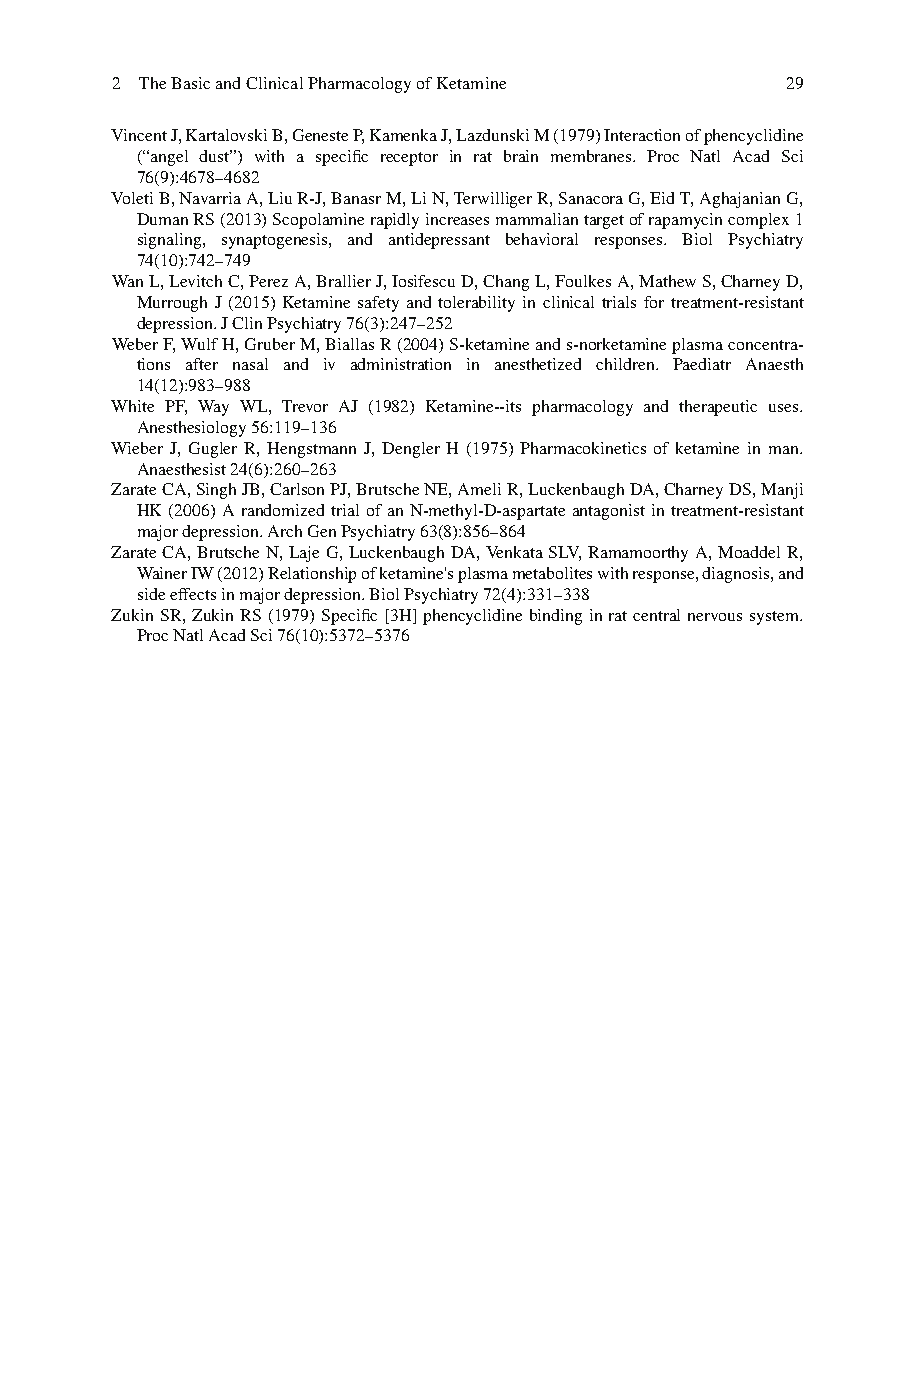
2 The Basic and Clinical Pharmacology of Ketamine 29
 V incent J, Kartalovski B, Geneste P, Kamenka J, Lazdunski M (1979) Interaction of phencyclidine
 (“angel dust”) with a specifi c receptor in rat brain membranes. Proc Natl Acad Sci
 76(9):4678–4682
 Voleti B, Navarria A, Liu R-J, Banasr M, Li N, Terwilliger R, Sanacora G, Eid T, Aghajanian G,
 Duman RS (2013) Scopolamine rapidly increases mammalian target of rapamycin complex 1
 signaling, synaptogenesis, and antidepressant behavioral responses. Biol Psychiatry
 74(10):742–749
 Wan L, Levitch C, Perez A, Brallier J, Iosifescu D, Chang L, Foulkes A, Mathew S, Charney D,
 Murrough J (2015) Ketamine safety and tolerability in clinical trials for treatment-resistant
 depression. J Clin Psychiatry 76(3):247–252
 W eber F, Wulf H, Gruber M, Biallas R (2004) S-ketamine and s-norketamine plasma concentra-
 tions after nasal and iv administration in anesthetized children. Paediatr Anaesth
 14(12):983–988
 White PF, Way WL, Trevor AJ (1982) Ketamine--its pharmacology and therapeutic uses.
 Anesthesiology 56:119–136
 W ieber J, Gugler R, Hengstmann J, Dengler H (1975) Pharmacokinetics of ketamine in man.
 Anaesthesist 24(6):260–263
 Zarate CA, Singh JB, Carlson PJ, Brutsche NE, Ameli R, Luckenbaugh DA, Charney DS, Manji
 HK (2006) A randomized trial of an N-methyl-D-aspartate antagonist in treatment-resistant
 major depression. Arch Gen Psychiatry 63(8):856–864
 Zarate CA, Brutsche N, Laje G, Luckenbaugh DA, Venkata SLV, Ramamoorthy A, Moaddel R,
 Wainer IW (2012) Relationship of ketamine's plasma metabolites with response, diagnosis, and
 side effects in major depression. Biol Psychiatry 72(4):331–338
 Z ukin SR, Zukin RS (1979) Specifi c [3H] phencyclidine binding in rat central nervous system.
 Proc Natl Acad Sci 76(10):5372–5376